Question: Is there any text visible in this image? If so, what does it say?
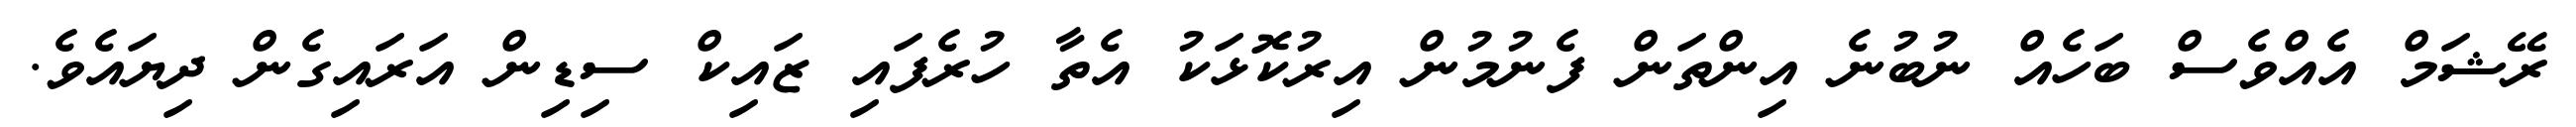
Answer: ރޭޝަމް އެއްވެސް ބަހެއް ނުބުނެ އިންތަން ފެނުމުން އިރުކޮޅަކު އެތާ ހުރެފައި ޒައިކް ސިޑިން އަރައިގެން ދިޔައެވެ.